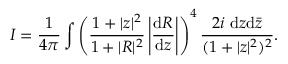
{ \cal I } = \frac { 1 } { 4 \pi } \int \left( \frac { 1 + | z | ^ { 2 } } { 1 + | R | ^ { 2 } } \left| \frac { \mathrm { d } R } { \mathrm { d } z } \right| \right) ^ { 4 } \frac { 2 i ~ \mathrm { d } z \mathrm { d } { \bar { z } } } { ( 1 + | z | ^ { 2 } ) ^ { 2 } } .